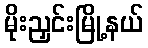
မိုးညှင်းမြို့နယ်